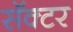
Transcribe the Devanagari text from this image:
सॅक्टर